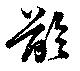
齡